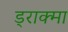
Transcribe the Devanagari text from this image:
ड्राक्मा